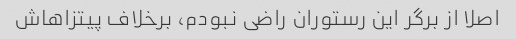
اصلا از برگر این رستوران راضی نبودم، برخلاف پیتزاهاش